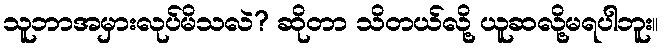
သူဘာအမှားလုပ်မိသလဲ? ဆိုတာ သိတယ်လို့ ယူဆလို့မရပါဘူး။